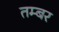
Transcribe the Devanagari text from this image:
तम्बर